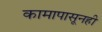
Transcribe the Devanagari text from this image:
कामापासूनही